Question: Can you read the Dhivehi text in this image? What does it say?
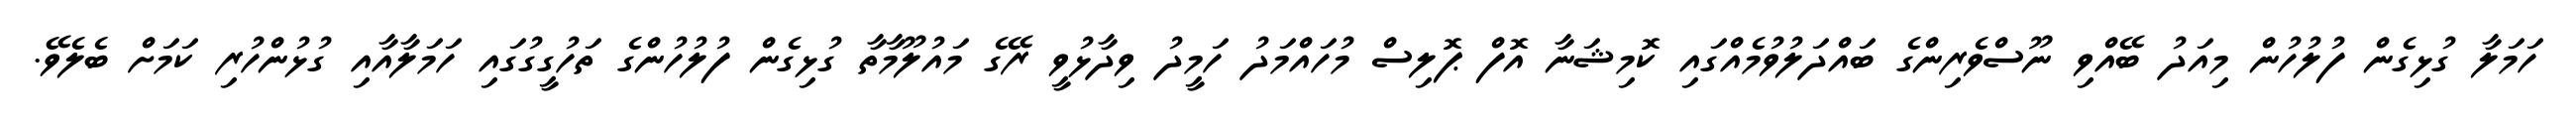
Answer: ހަމަލާ ގުޅިގެން ފުލުހުން މިއަދު ބޭއްވި ނޫސްވެރިންގެ ބައްދަލުވުމެއްގައި ކޮމިޝަނާ އޮފް ޕޮލިސް މުހައްމަދު ހަމީދު ވިދާޅުވީ ރޭގެ މައުލޫމާތާ ގުޅިގެން ފުލުހުންގެ ތަހުގީގުގައި ހަމަލާއާއި ގުޅުންހުރި ކަމަށް ބެލެވޭ.